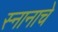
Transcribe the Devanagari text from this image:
स्नानाचे